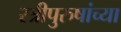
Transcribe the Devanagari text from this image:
स्त्रीपुरुषांच्या